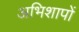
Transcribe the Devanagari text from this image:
अभिशापों